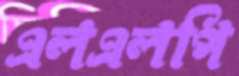
এলএলপি